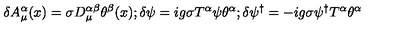
\delta A _ { \mu } ^ { \alpha } ( x ) = \sigma D _ { \mu } ^ { \alpha \beta } \theta ^ { \beta } ( x ) ; \delta \psi = i g \sigma T ^ { \alpha } \psi \theta ^ { \alpha } ; \delta \psi ^ { \dagger } = - i g \sigma \psi ^ { \dagger } T ^ { \alpha } \theta ^ { \alpha }